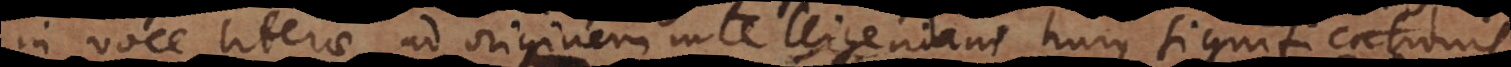
in voce literae ad originem intelligendam hujus significationis